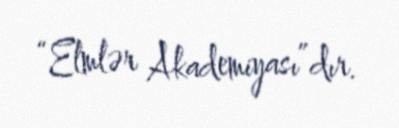
“Elmlər Akademiyası”dır.